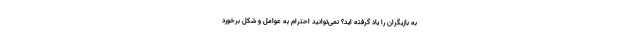
به بازیگران را یاد گرفته اید؟ نمی‌توانید احترام به عوامل و شکل برخورد